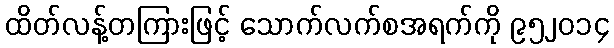
ထိတ်လန့်တကြားဖြင့် သောက်လက်စအရက်ကို ၉၅၂၀၁၄